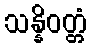
သန္နိဝတ္တံ